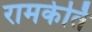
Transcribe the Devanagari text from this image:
रामकेर्ति